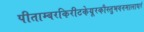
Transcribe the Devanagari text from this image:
पीताम्बरकिरीटकेयूरकौस्तुभवनमालाधरं